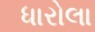
ધારોલા